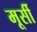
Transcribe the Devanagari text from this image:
मूर्सी